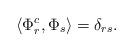
LaTeX: \begin{align*}\langle\Phi_r^c,\Phi_s\rangle=\delta_{rs}. \end{align*}